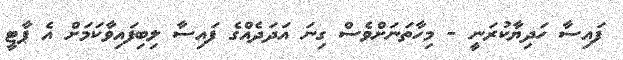
ފައިސާ ހަދިޔާކުރަނީ - މިހާތަނަށްވެސް ގިނަ އަދަދެއްގެ ފައިސާ ލިބިފައިވާކަމަށް އެ ޕާޓީ